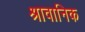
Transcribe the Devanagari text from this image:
श्रावानिक